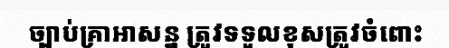
ច្បាប់គ្រាអាសន្ន ត្រូវទទួលខុសត្រូវចំពោះ